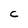
Character: C